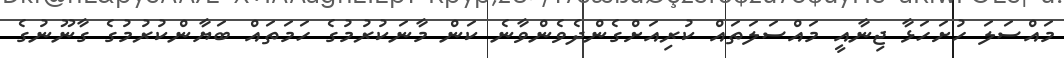
މައްސަލަ ހުށަހަޅާ ޖިނާއީ މައްސަލަތައް ކުރިއަށްގެންދެވެންވާނެ ކަން މާނަކުރުމުގެ ހަމަތައް ބަޔާންކުރުމުގެ ގާނޫނުގެ